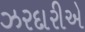
ઝરદારીએ